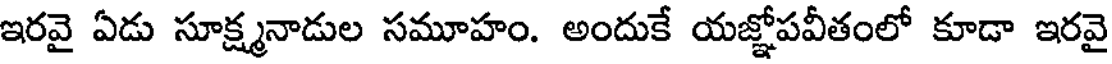
ఇరవై ఏడు సూక్ష్మనాడుల సమూహం. అందుకే యజ్ఞోపవీతంలో కూడా ఇరవై